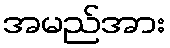
အမည်အား